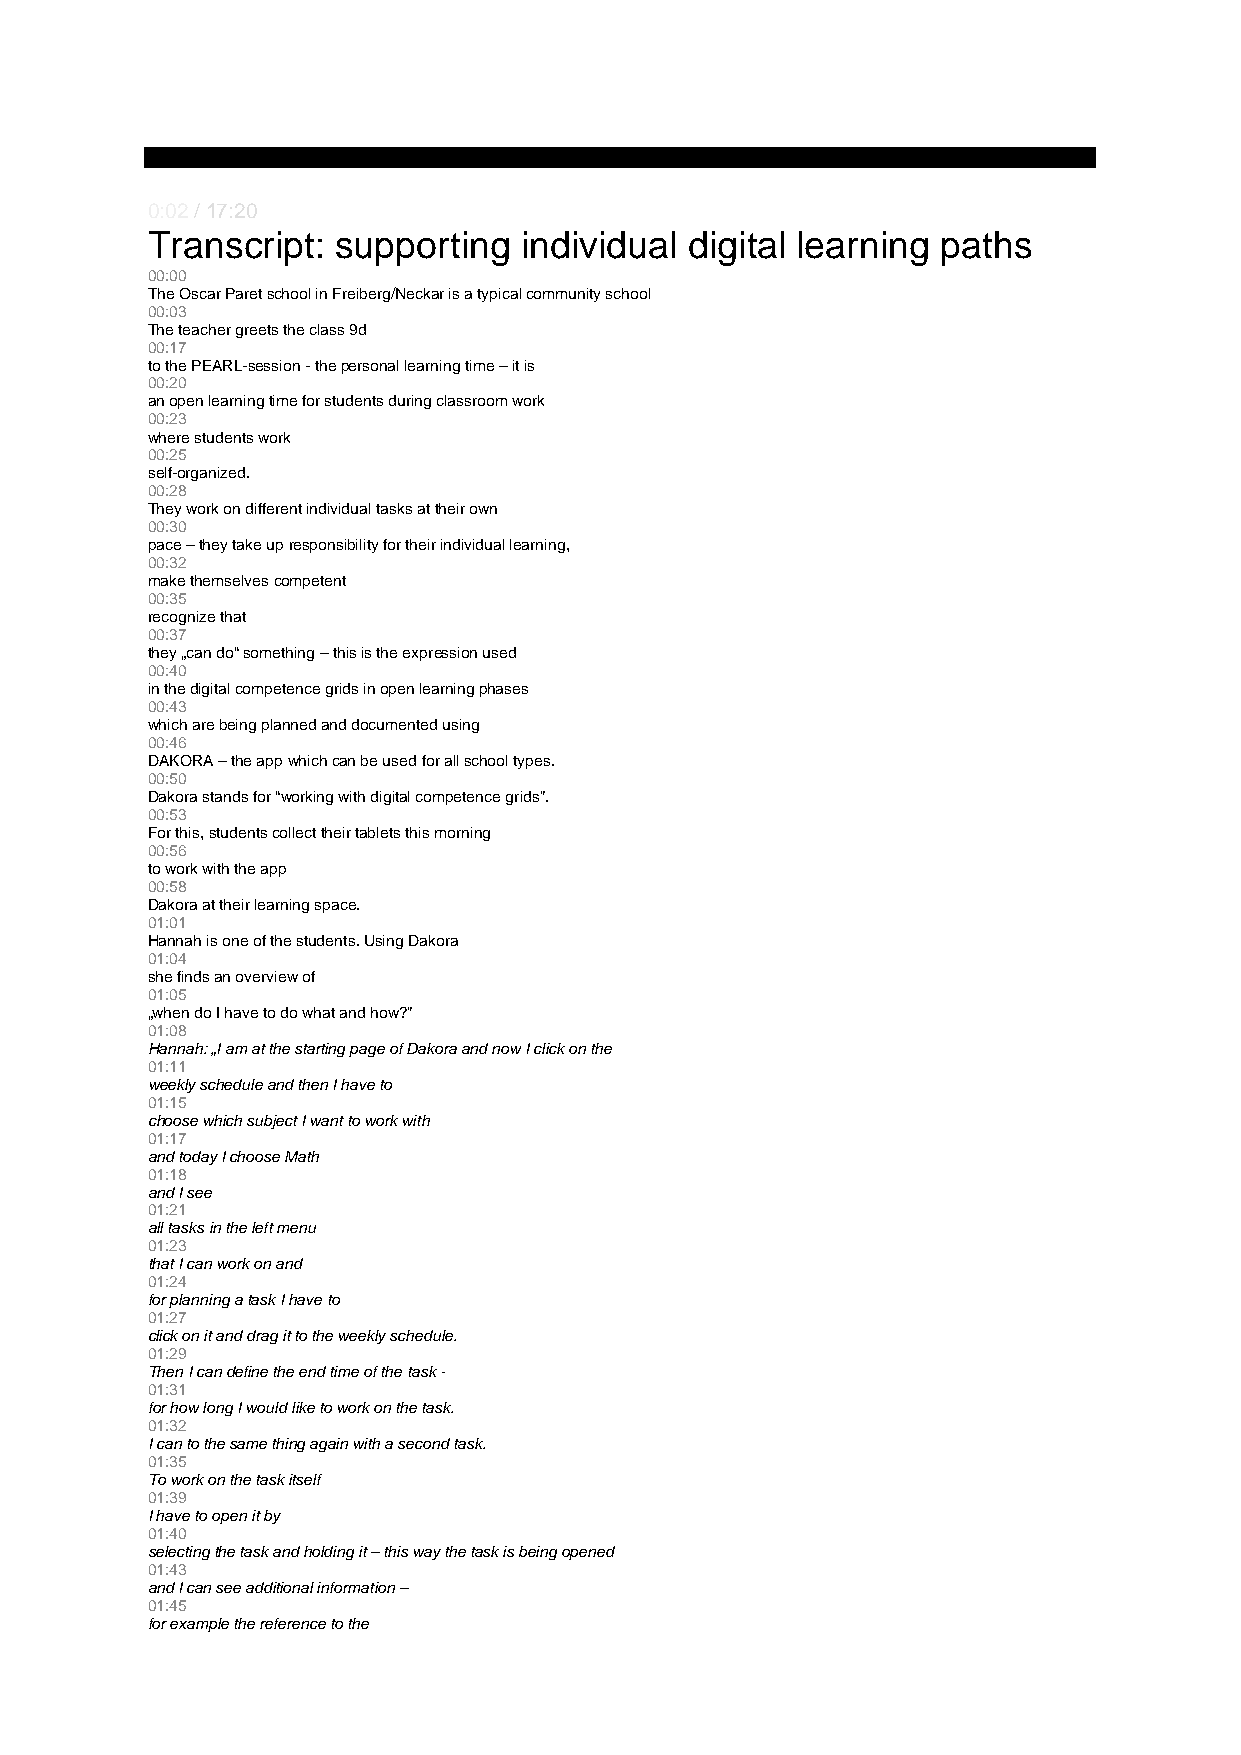
0:02 / 17:20
 Transcript: supporting  individual  digital learning paths
 00:00
 The Oscar Paret school in Freiberg/Neckar is a typical community school
 00:03
 The teacher greets the class 9d
 00:17
 to the PEARL-session - the personal learning time – it is
 00:20
 an open learning time for students during classroom work
 00:23
 where students work
 00:25
 self-organized.
 00:28
 They work on different individual tasks at their own
 00:30
 pace – they take up responsibility for their individual learning,
 00:32
 make themselves competent
 00:35
 recognize that
 00:37
 they „can do“ something – this is the expression used
 00:40
 in the digital competence grids in open learning phases
 00:43
 which are being planned and documented using
 00:46
 DAKORA – the app which can be used for all school types.
 00:50
 Dakora stands for “working with digital competence grids”.
 00:53
 For this, students collect their tablets this morning
 00:56
 to work with the app
 00:58
 Dakora at their learning space.
 01:01
 Hannah is one of the students. Using Dakora
 01:04
 she finds an overview of
 01:05
 „when do I have to do what and how?”
 01:08
 Hannah: „I am at the starting page of Dakora and now I click on the
 01:11
 weekly schedule and then I have to
 01:15
 choose which subject I want to work with
 01:17
 and today I choose Math
 01:18
 and I see
 01:21
 all tasks in the left menu
 01:23
 that I can work on and
 01:24
 for planning a task I have to
 01:27
 click on it and drag it to the weekly schedule.
 01:29
 Then I can define the end time of the task -
 01:31
 for how long I would like to work on the task.
 01:32
 I can to the same thing again with a second task.
 01:35
 To work on the task itself
 01:39
 I have to open it by
 01:40
 selecting the task and holding it – this way the task is being opened
 01:43
 and I can see additional information –
 01:45
 for example the reference to the